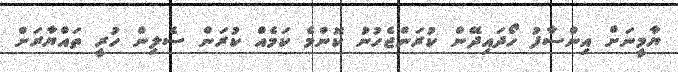
ޔާމީނަށް އިންސާފު ހޯދައިދޭން ކުރަންޖެހުނު ކޮންމެ ކަމެއް ކުރަން ސެލިން ހުރީ ތައްޔާރަށް